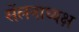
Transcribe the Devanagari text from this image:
सेंलनाध्यक्ष